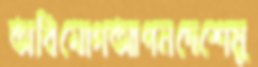
অবিযোগআপনদেশেমু